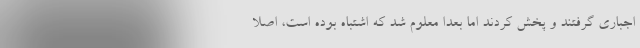
اجباری گرفتند و پخش کردند اما بعدا معلوم شد که اشتباه بوده است، اصلا